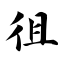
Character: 徂